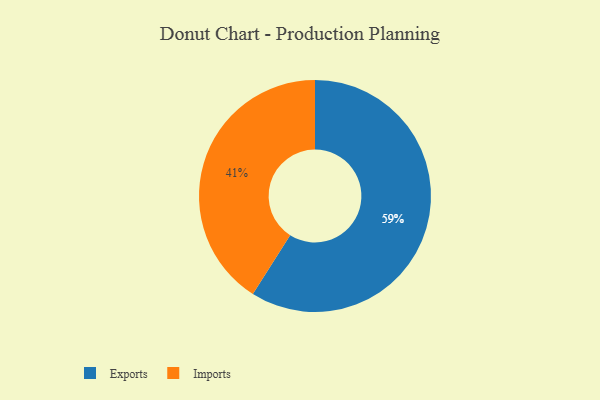
{"axis": {"x": "Category", "y": "Percentage"}, "legend": ["Exports", "Imports"], "data": [{"x": "Exports", "y": 59, "type": "Exports"}, {"x": "Imports", "y": 41, "type": "Imports"}]}